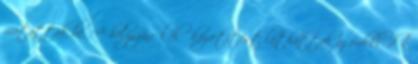
mutatták be. A helyszínről élő közvetítést láthattak az érdeklődők